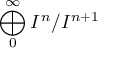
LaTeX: \bigoplus _ { 0 } ^ { \infty } I ^ { n } / I ^ { n + 1 }